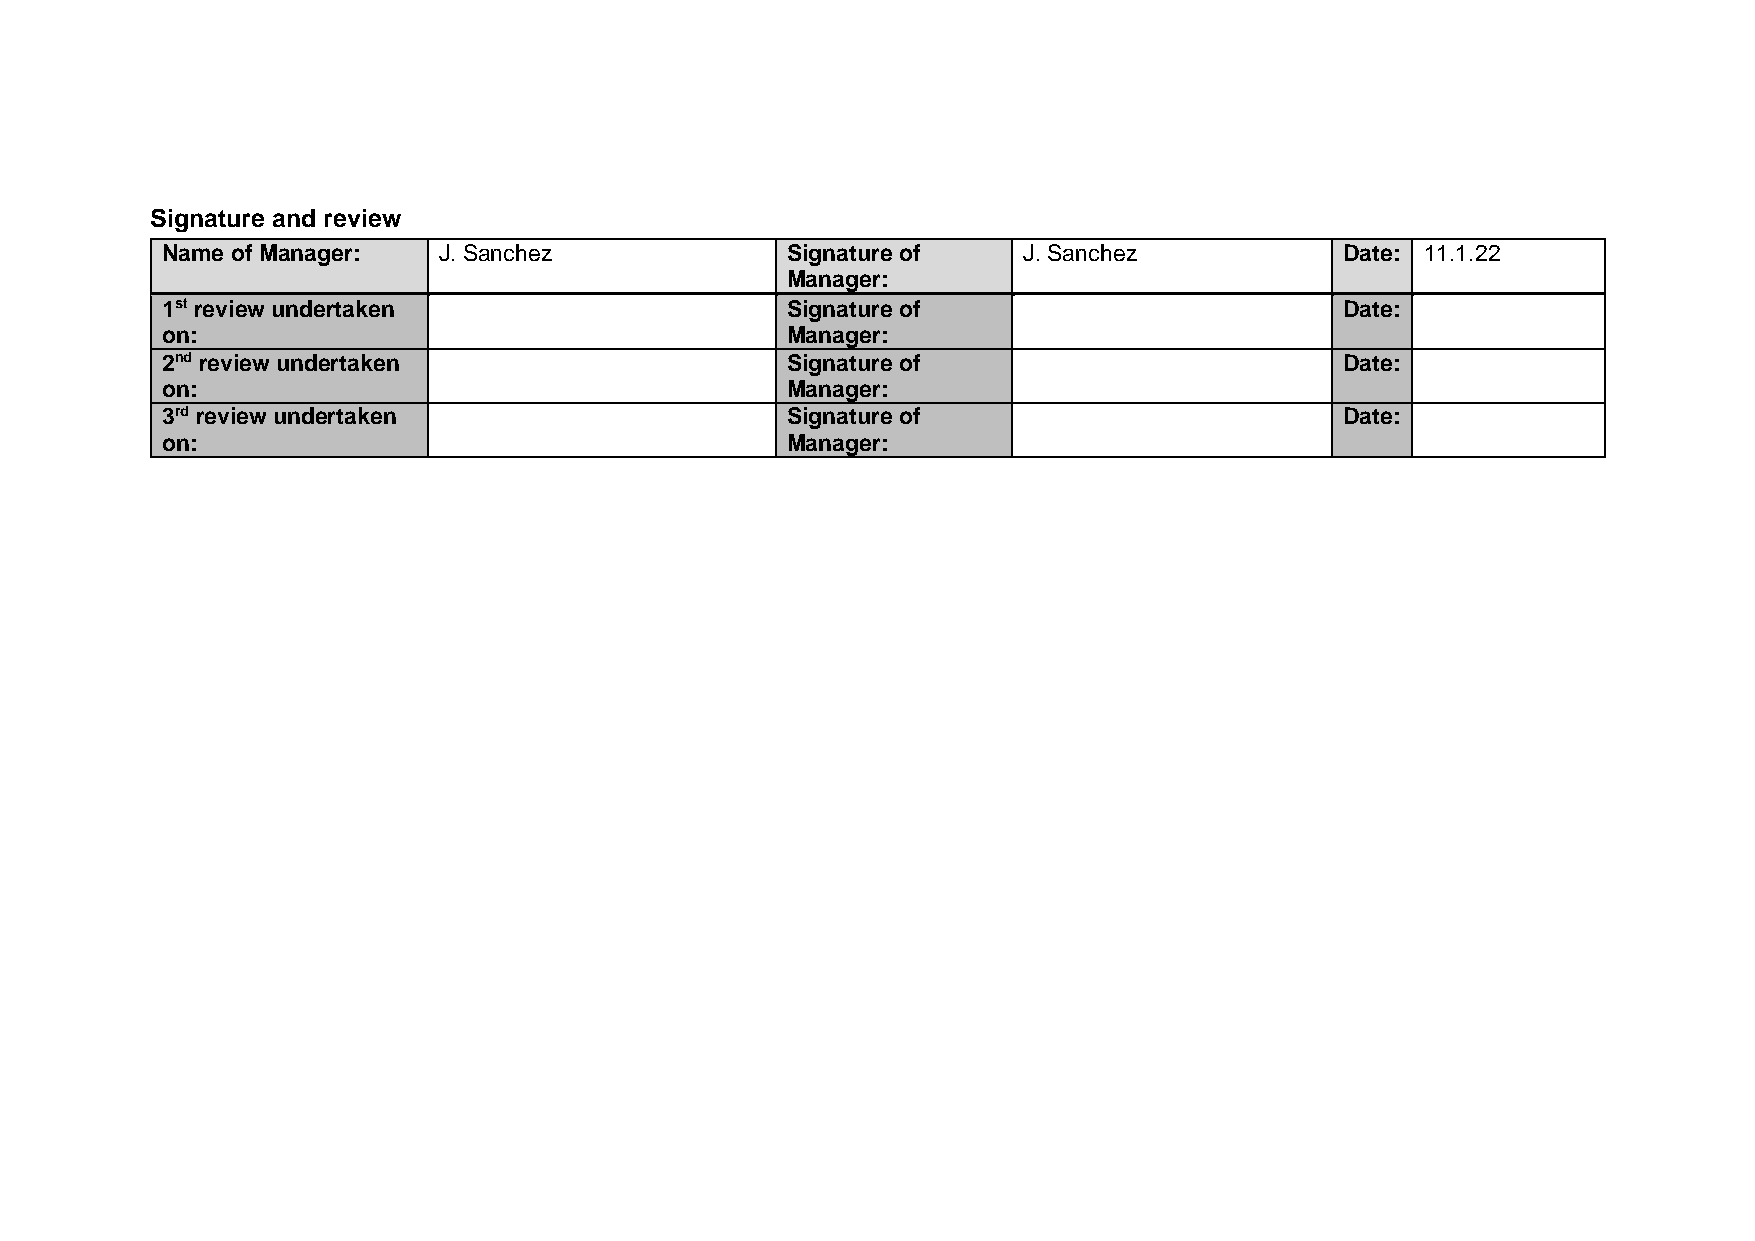
Signature and review
 Name of Manager:  J. Sanchez             Signature of    J. Sanchez           Date: 11.1.22
 Manager:
 1st review undertaken                    Signature of                         Date:
 on:                                      Manager:
 2nd review undertaken                    Signature of                         Date:
 on:                                      Manager:
 3rd review undertaken                    Signature of                         Date:
 on:                                      Manager: